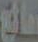
مانع